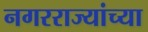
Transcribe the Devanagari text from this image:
नगरराज्यांच्या